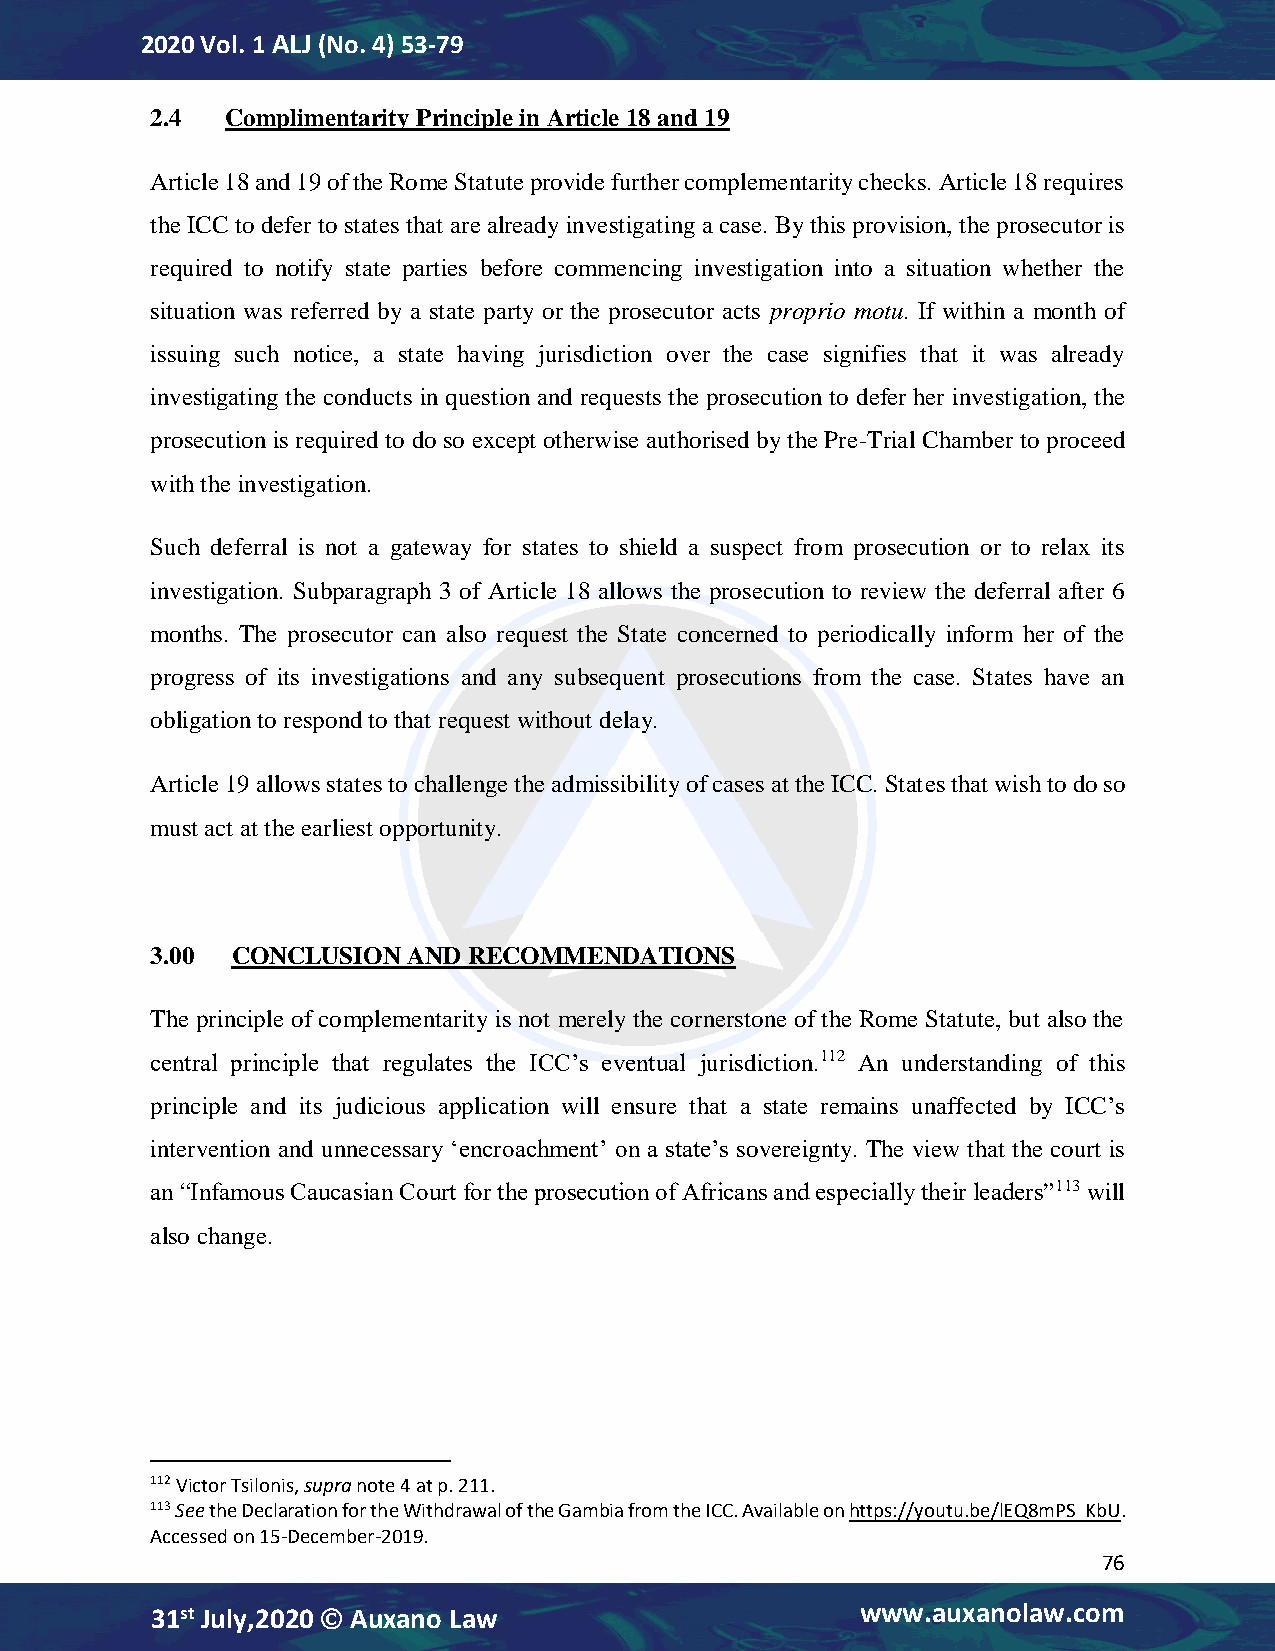
2020 Vol. 1 ALJ (No. 4) 53-79
 2.4  Complimentarity Principle in Article 18 and 19
 Article 18 and 19 of the Rome Statute provide further complementarity checks. Article 18 requires
 the ICC to defer to states that are already investigating a case. By this provision, the prosecutor is
 required to notify state parties before commencing investigation into a situation whether the
 situation was referred by a state party or the prosecutor acts proprio motu. If within a month of
 issuing such notice, a state having jurisdiction over the case signifies that it was already
 investigating the conducts in question and requests the prosecution to defer her investigation, the
 prosecution is required to do so except otherwise authorised by the Pre-Trial Chamber to proceed
 with the investigation.
 Such deferral is not a gateway for states to shield a suspect from prosecution or to relax its
 investigation. Subparagraph 3 of Article 18 allows the prosecution to review the deferral after 6
 months. The prosecutor can also request the State concerned to periodically inform her of the
 progress of its investigations and any subsequent prosecutions from the case. States have an
 obligation to respond to that request without delay.
 Article 19 allows states to challenge the admissibility of cases at the ICC. States that wish to do so
 must act at the earliest opportunity.
 3.00 CONCLUSION  AND RECOMMENDATIONS
 The principle of complementarity is not merely the cornerstone of the Rome Statute, but also the
 central principle that regulates the ICC’s eventual jurisdiction.112 An understanding of this
 principle and its judicious application will ensure that a state remains unaffected by ICC’s
 intervention and unnecessary ‘encroachment’ on a state’s sovereignty. The view that the court is
 an “Infamous Caucasian Court for the prosecution of Africans and especially their leaders”113 will
 also change.
 112 Victor Tsilonis, supra note 4 at p. 211.
 113 See the Declaration for the Withdrawal of the Gambia from the ICC. Available on https://youtu.be/lEQ8mPS_KbU.
 Accessed on 15-December-2019.
 76
 31st July,2020  Auxano Law                    www.auxanolaw.com